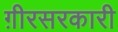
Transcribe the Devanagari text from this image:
ग़ीरसरकारी